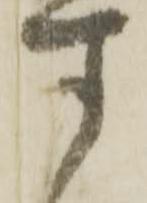
す